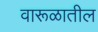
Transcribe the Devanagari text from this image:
वारूळातील